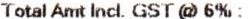
TOTAL AMT INCL. GST @ 6%: